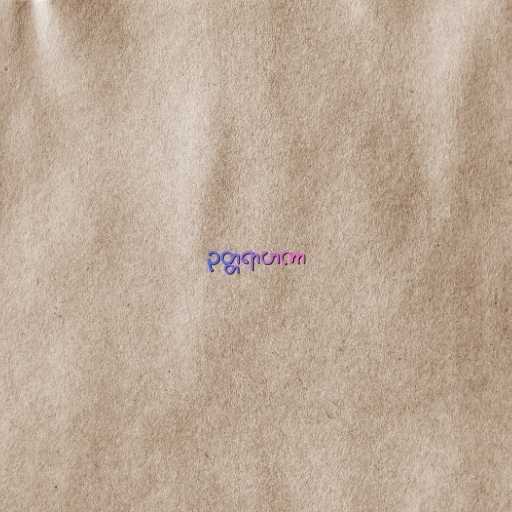
ဥတ္တရာဟကာ